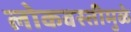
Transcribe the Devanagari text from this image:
लोकवस्तीमुळे